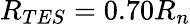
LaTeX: R_{TES}=0.70R_{n}